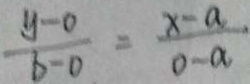
\frac { y - 0 } { b - 0 } = \frac { x - a } { 0 - a }